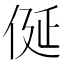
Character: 𠈰